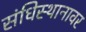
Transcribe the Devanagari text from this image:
संधिस्थानावर